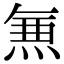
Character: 𭵄